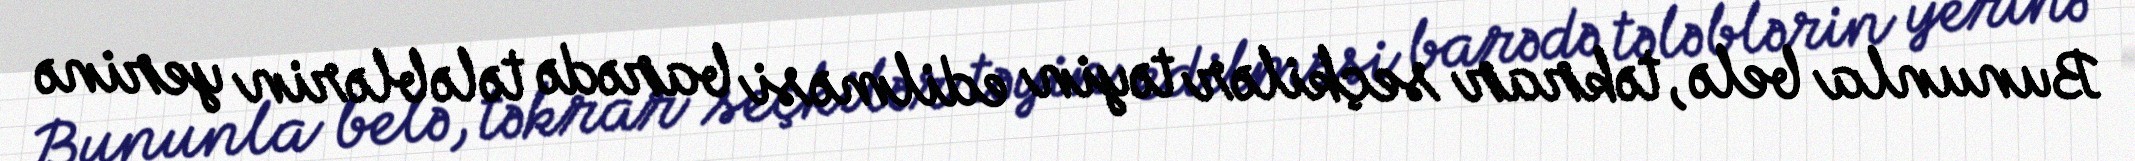
Bununla belə, təkrar seçkilər təyin edilməsi barədə tələblərin yerinə